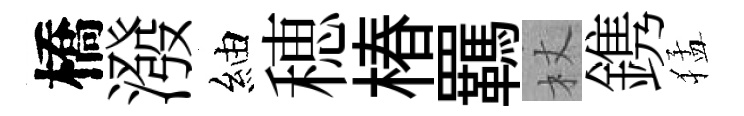
橋潑紬穂椿羈杖鎸猛